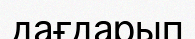
дағдарып